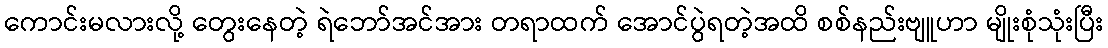
ကောင်းမလားလို့ တွေးနေတဲ့ ရဲဘော်အင်အား တရာထက် အောင်ပွဲရတဲ့အထိ စစ်နည်းဗျူဟာ မျိုးစုံသုံးပြီး